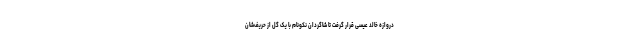
دروازه خالد عیسی قرار گرفت تا شاگردان نکونام با یک گل از حریف‌شان